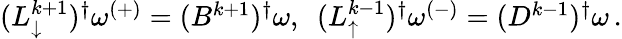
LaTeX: \begin{array}{r}{(L_{\downarrow}^{k+1})^{\dagger}\omega^{(+)}=(B^{k+1})^{\dagger}\omega,\ \ (L_{\uparrow}^{k-1})^{\dagger}\omega^{(-)}=(D^{k-1})^{\dagger}\omega\, .}\end{array}